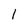
Character: 1